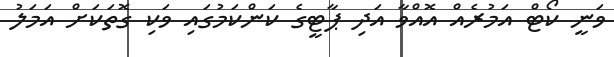
ވަނީ ކޯޓް އަމުރެއް އޮއްވާ އަދި ޕާޓީގެ ކަންކަމުގައި ވަކި ގޮތަކަށް އަމަލު